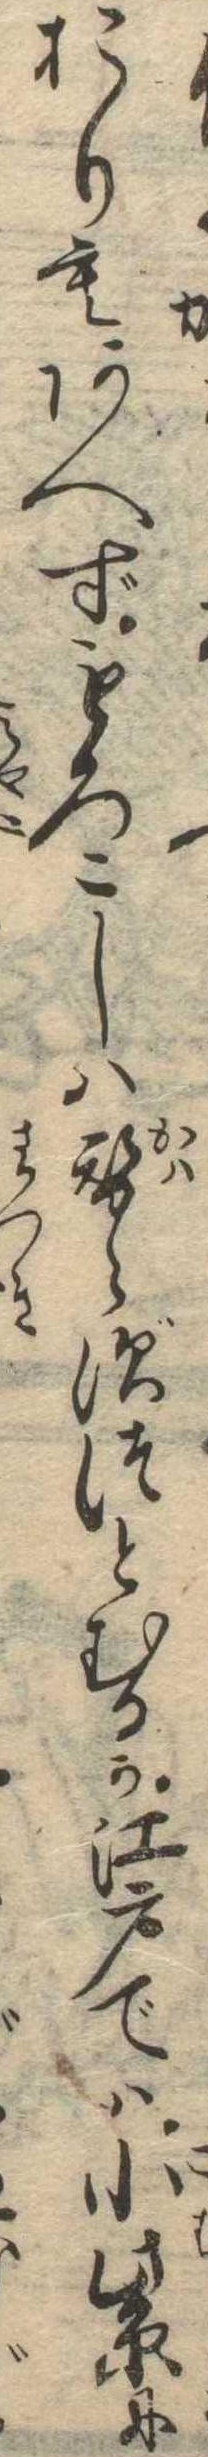
おりもあへずもろこしは替らずつとむるか江戸では小紫に